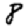
Digit: 8